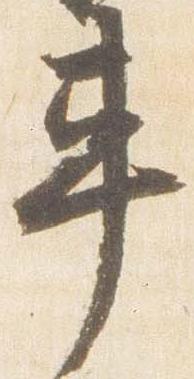
車